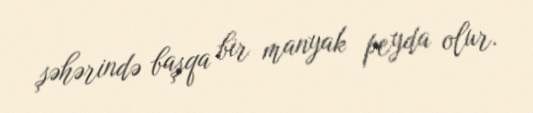
şəhərində başqa bir manyak peyda olur.